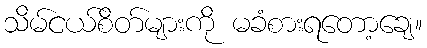
သိမ်ငယ်စိတ်များကို မခံစားရတော့ချေ။